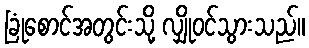
ခြုံစောင်အတွင်းသို့ လျှိုဝင်သွားသည်။